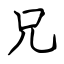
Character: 兄